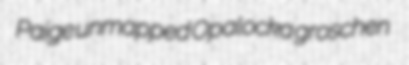
Paige unmapped Opalocka groschen